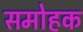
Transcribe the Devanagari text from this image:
समोहक